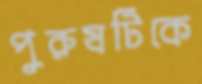
পুরুষটিকে